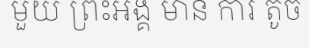
មួយ ព្រះអង្គ មាន ការ តូច